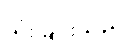
သုံးခြင်းသည်